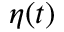
\eta ( t )